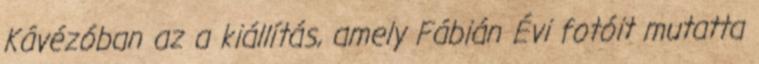
Kávézóban az a kiállítás, amely Fábián Évi fotóit mutatta